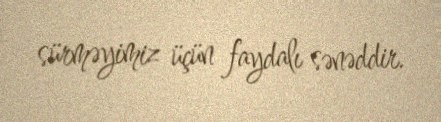
sürməyimiz üçün faydalı sənəddir.